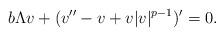
LaTeX: \begin{align*}b\Lambda v+(v''-v+v|v|^{p-1})'=0.\end{align*}